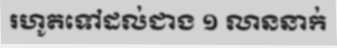
រហូតទៅដល់ជាង ១ លាននាក់